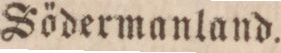
Södermanland.